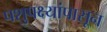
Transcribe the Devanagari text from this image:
पशुपक्ष्यांपासून